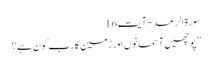
سورة الرعد - آیت 16
” پوچھیں آسمانوں اور زمین کا رب کون ہے ؟